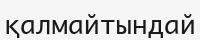
қалмайтындай